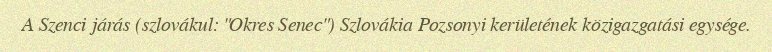
A Szenci járás (szlovákul: "Okres Senec") Szlovákia Pozsonyi kerületének közigazgatási egysége.